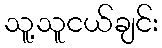
သူ့သူငယ်ချင်း